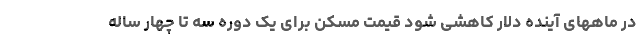
در ماههای آینده دلار کاهشی شود قیمت مسکن برای یک دوره سه تا چهار ساله